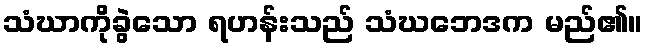
သံဃာကိုခွဲသော ရဟန်းသည် သံဃဘေဒက မည်၏။